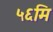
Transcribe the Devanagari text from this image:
५६मि